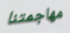
مهاجمتنا